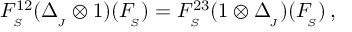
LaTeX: F _ { _ { S } } ^ { 1 2 } ( \Delta _ { _ { \! J } } ^ { } \otimes 1 ) ( F _ { _ { \! S } } ^ { } ) = F _ { _ { S } } ^ { 2 3 } ( 1 \otimes \Delta _ { _ { \! J } } ^ { } ) ( F _ { _ { \! S } } ^ { } ) \, ,